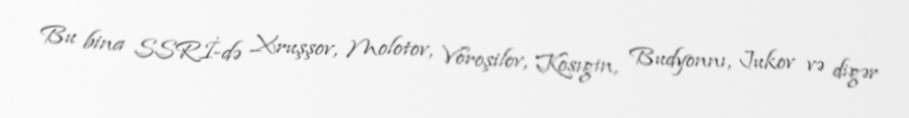
Bu bina SSRİ-də Xruşşov, Molotov, Voroşilov, Kosıgin, Budyonnı, Jukov və digər